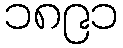
၁၈၉၁